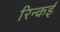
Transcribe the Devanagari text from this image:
रिन्कई